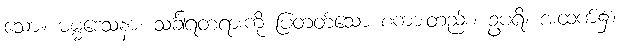
သော။ ဓမ္မဒေသနာ၊ သင်္ခါရတရားကို ပြတတ်သော စကားတည်း။ ဥပရိ၊ အထက်၌။